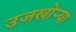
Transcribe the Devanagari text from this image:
उजखोर्‍या